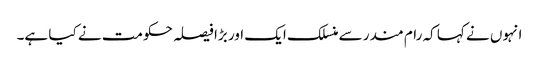
انہوں نے کہا کہ رام مندر سے منسلک ایک اور بڑا فیصلہ حکومت نے کیا ہے۔